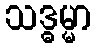
သဒ္ဓမ္မာ